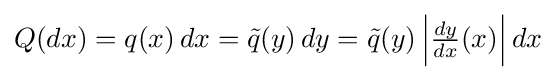
Q(dx)=q(x)\,dx={\tilde {q}}(y)\,dy={\tilde {q}}(y)\left|{\tfrac {dy}{dx}}(x)\right|dx